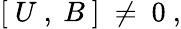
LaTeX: [\ U\ ,\ B\ ]\ \ne\ 0\ ,